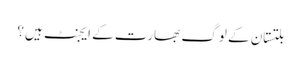
بلتستان کے لوگ بھارت کے ایجنٹ ہیں؟